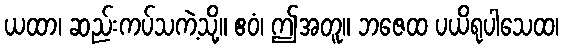
ယထာ၊ ဆည်းကပ်သကဲ့သို့။ ဧဝံ၊ ဤအတူ။ ဘဇေထ ပယိရုပါသေထ၊